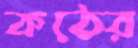
কঠের